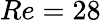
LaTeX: Re=28